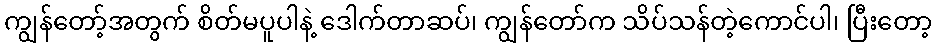
ကျွန်တော့်အတွက် စိတ်မပူပါနဲ့ ဒေါက်တာဆပ်၊ ကျွန်တော်က သိပ်သန်တဲ့ကောင်ပါ၊ ပြီးတော့